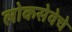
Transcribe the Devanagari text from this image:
लोकसेवेचे